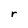
Character: r